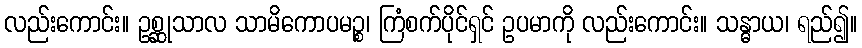
လည်းကောင်း။ ဥစ္ဆုသာလ သာမိကောပမဉ္စ၊ ကြံစက်ပိုင်ရှင် ဥပမာကို လည်းကောင်း။ သန္ဓာယ၊ ရည်၍။